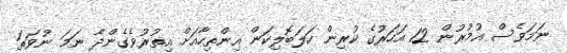
ނަމަވެސް އުމުރުން 12 އަހަރުގެ ކުރިން ހަލަބޮލިކަން އިންތިހާއަށް އިތުރުވެގެންދާ ނަމަ ނުވަތަ